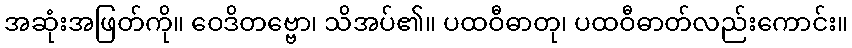
အဆုံးအဖြတ်ကို။ ဝေဒိတဗ္ဗော၊ သိအပ်၏။ ပထဝီဓာတု၊ ပထဝီဓာတ်လည်းကောင်း။